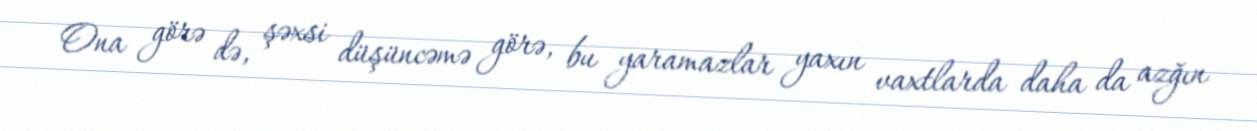
Ona görə də, şəxsi düşüncəmə görə, bu yaramazlar yaxın vaxtlarda daha da azğın